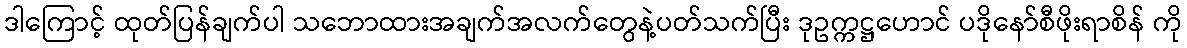
ဒါကြောင့် ထုတ်ပြန်ချက်ပါ သဘောထားအချက်အလက်တွေနဲ့ပတ်သက်ပြီး ဒုဥက္ကဋ္ဌဟောင် ပဒိုနော်စီဖိုးရာစိန် ကို